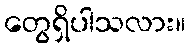
တွေရှိပါသလား။